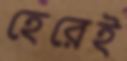
হেরেই